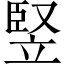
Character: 竪